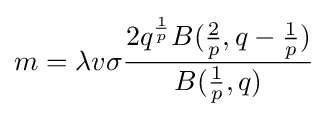
m=\lambda v\sigma {\frac {2q^{\frac {1}{p}}B({\frac {2}{p}},q-{\frac {1}{p}})}{B({\frac {1}{p}},q)}}